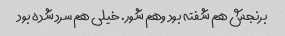
برنجش هم شفته بود وهم شور. خیلی هم سرد شده بود